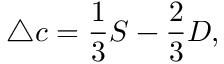
\triangle c = \frac { 1 } { 3 } S - \frac { 2 } { 3 } D ,